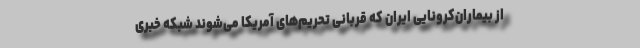
از بیماران‌کرونایی ایران که قربانی تحریم‌های آمریکا می‌شوند شبکه خبری